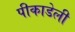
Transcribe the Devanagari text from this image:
पीकाडेली